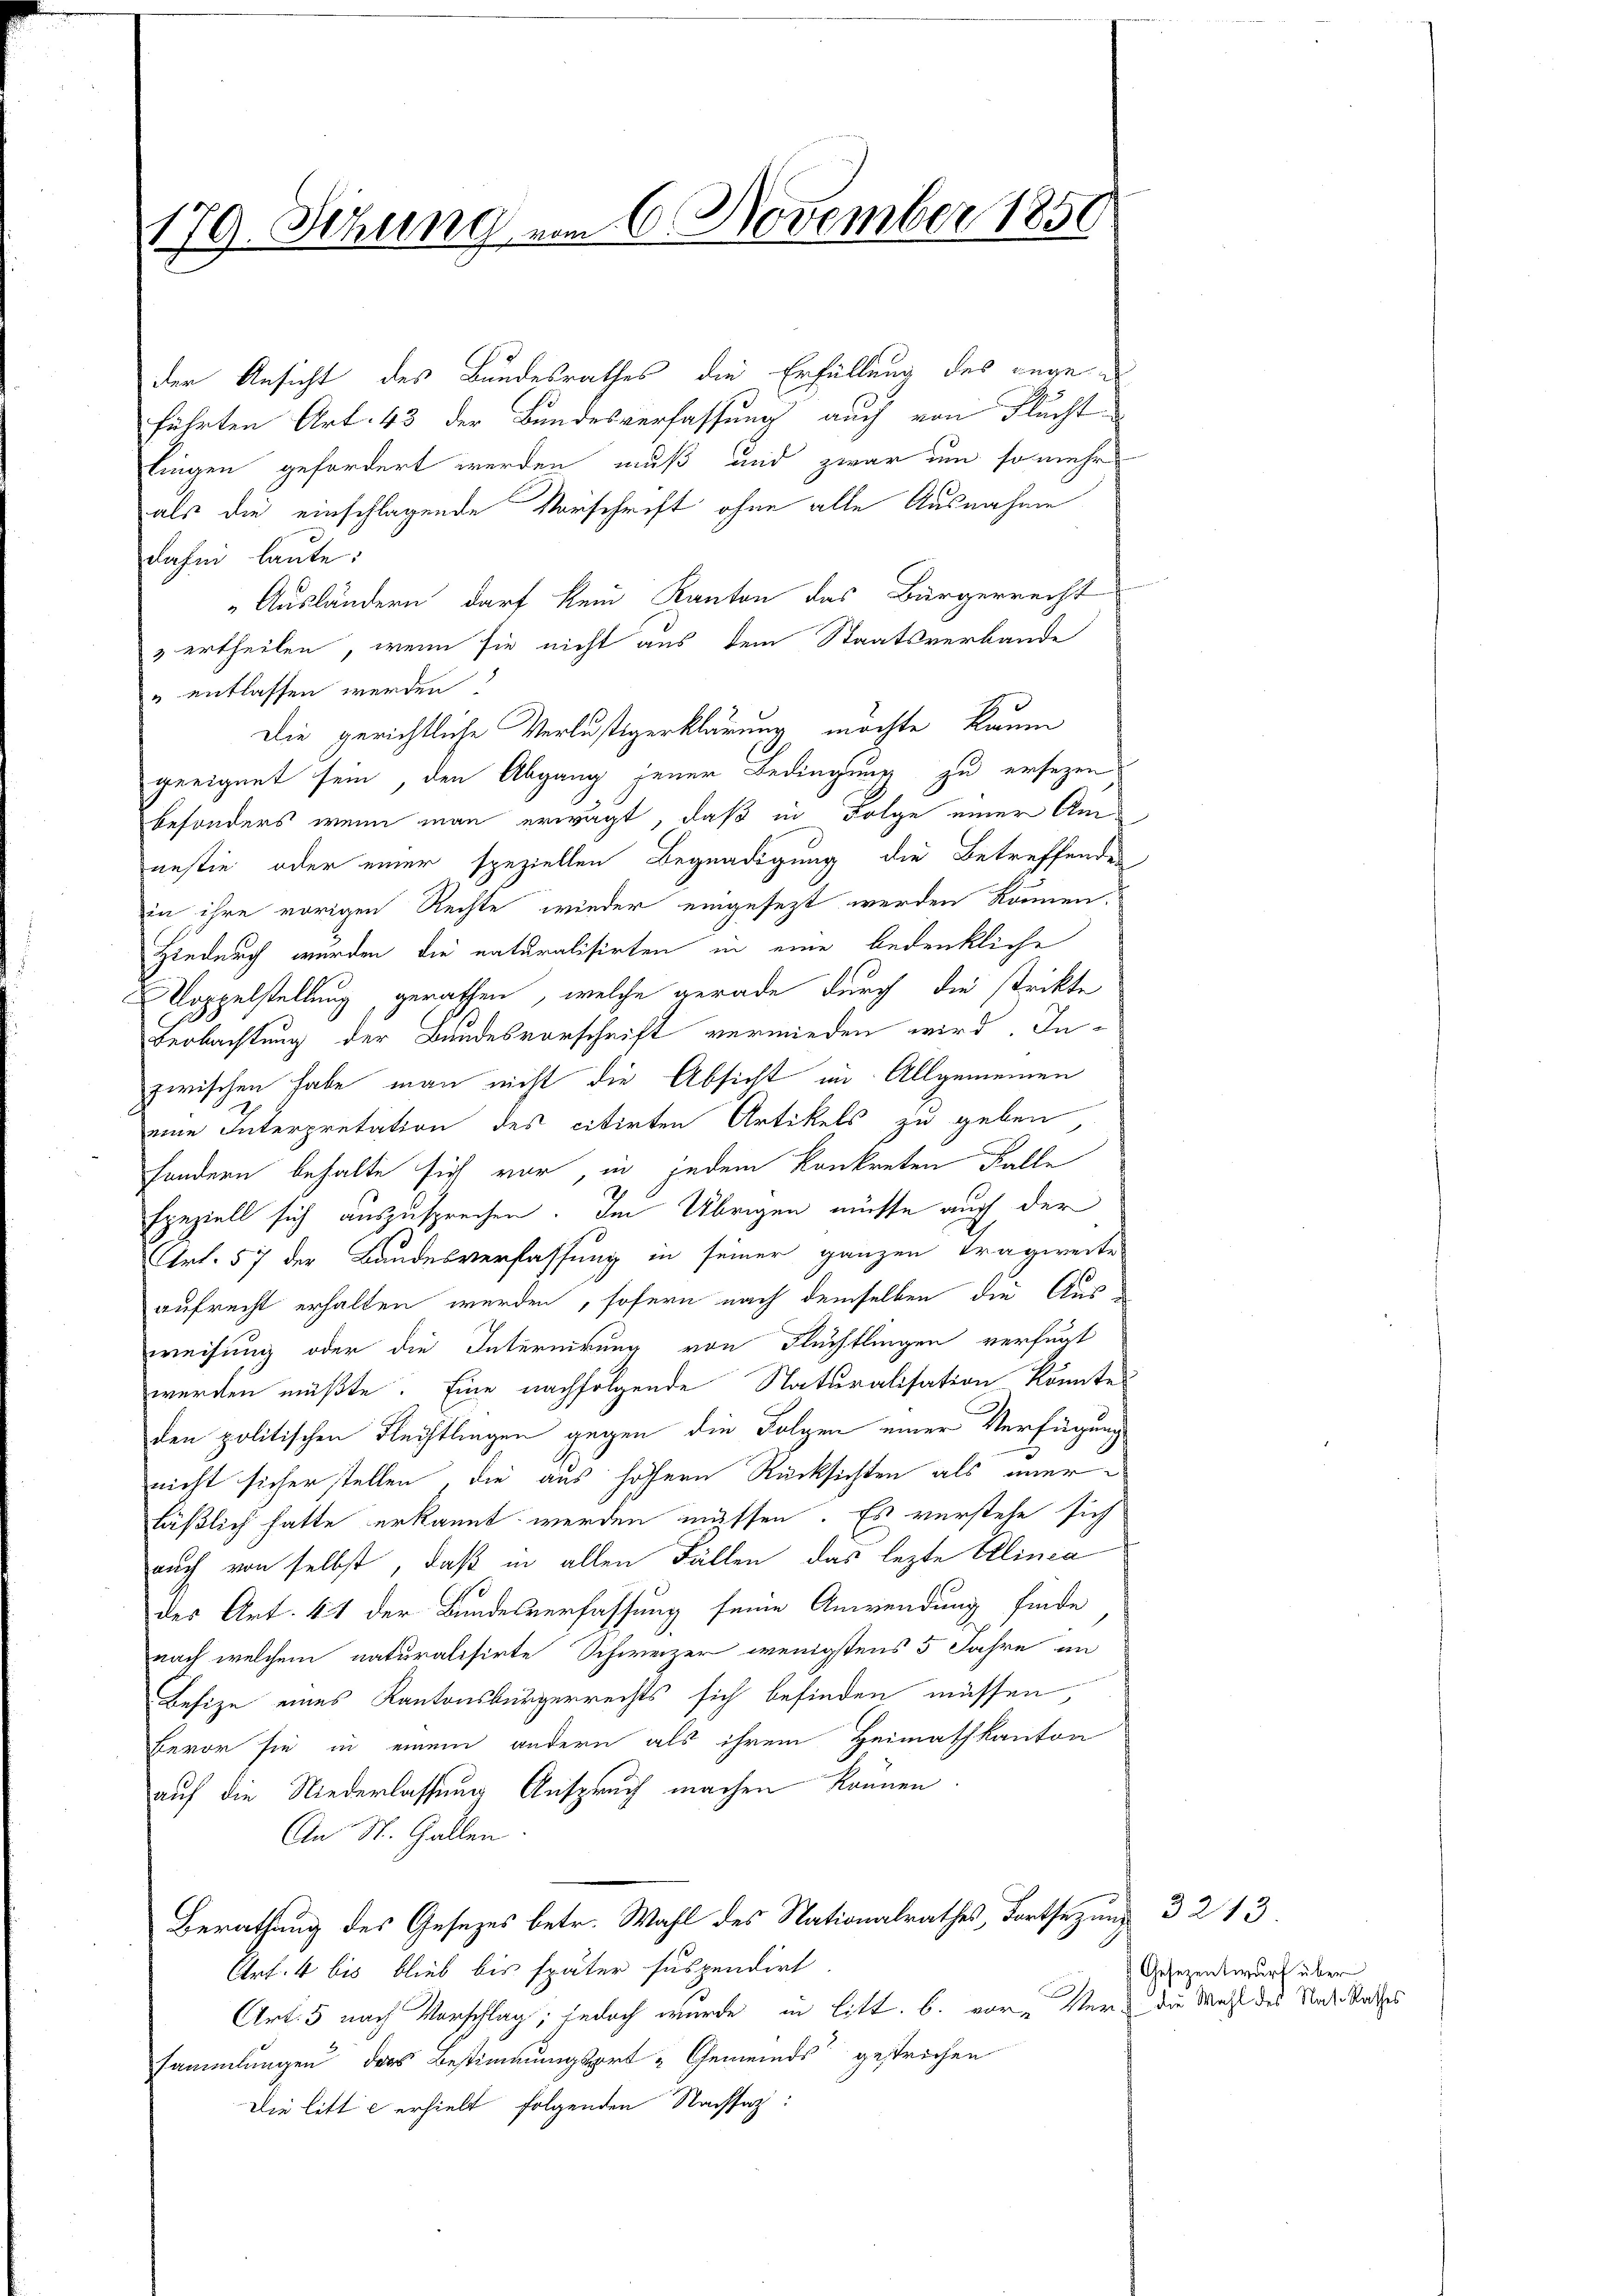
179. Setzung vom 6 November 185

der Ansicht des Bundesrathes die Erfüllung des angeführten Art. 43 der Bundesverfassung auch von Fluchtlingen gefordert werden muß und zwar um so mehr
als die einschlagende Vorschrift ohne alle Ausnahme
dahin laute:
Ausländern darf kein Kanton das Bürgerrecht
 ertheilen, wenn sie nicht aus dem Staatsverbande
" entlassen werden.
Die gerichtliche Verlustigerklärung möchte kaum
geeignet sein, den Abgang jener Bedingung zu ersezen
besonders wenn man erwägt, daß in Folge einer Am
nestie oder einer speziellen Begnadigung die Betreffendes
in ihre vorigen Rechte wieder eingesezt werden können.
Hiedurch wurden die naturalisirten in eine bedenkliche
Koppelstellung gerathen, welche gerade durch die strikte
Beobachtung der Bundesvorschrift vermieden wird. Inzwischen habe man nicht die Absicht im Allgemeinen
eine Interpretation des citirten Artikels zu geben
sondern behalte sich vor, in jedem konkreten Falle
Epeziell sich auszusprechen. Im Übrigen müsse auch der
Art. 57 der Bandesverfassung in seiner ganzen Tragweite
aufrecht erhalten werden, sofern nach demselben die Aus
weisung oder die Internirung von Flüchtlingen verfügt
werden müßte. Eine nachfolgende Naturalisation könnte
den politischen Flechtlingen gegen die Folgen einer Verfügung
nicht sicher stellen, die aus hoffern Rücksichten als imerläßlich hatte erkannt werden müssen. Es verstehe sich
auch von selbst, daß in allen Fällen, das lezte Ellinca
des Art. 41 der Bundesverfassung seine Anwendung finde
nach welchem naturalisirte Schweizer wenigstens 5 Jahre am
Befize eines Kantonsbürgerrechts sich befinden müssen,
Bevor sie in einem andern als ihrem Heimathkanton
auf die Niederlassung Anspruch machen können.
An St. Gallen
Berathung des Gesezes betr. Wahl des Nationalrathes, Fortsetzung 3213.
Art. 4 bis blieb bis später suspendirt
Art: 5 nach Vorschlag; jedoch wurde in litt. b. vor. Nur die Mahl des Nach Staates
sammlungen das Bestimmungsort „Gemeinds gestrichen
Die litte erhielt folgenden Nachsaz:

Gesezentwurf über